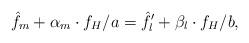
LaTeX: \begin{align*} {{\hat f}_m} + {\alpha_m} \cdot {f_H} /a = {{\hat f'}_l} + {{\beta}_l} \cdot {f_H} /b,\end{align*}